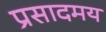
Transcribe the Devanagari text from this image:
प्रसादमय